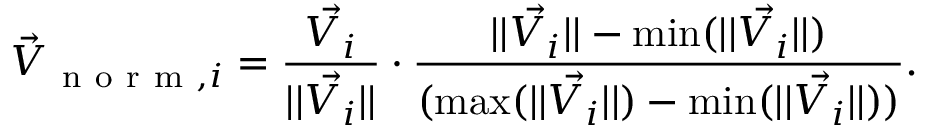
\vec { V } _ { \mathrm { ~ n ~ o ~ r ~ m ~ } , i } = \frac { \vec { V _ { i } } } { | | \vec { V _ { i } } | | } \cdot \frac { | | \vec { V _ { i } } | | - \operatorname* { m i n } ( \vec { | | V _ { i } | | } ) } { ( \operatorname* { m a x } ( \vec { | | V _ { i } | | } ) - \operatorname* { m i n } ( \vec { | | V _ { i } | | } ) ) } .